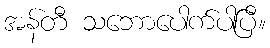
အန်တီ သဘောပေါက်ပါပြီ။